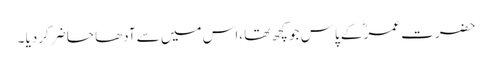
حضرت عمرؓ کے پاس جو کچھ تھا ،اس میں سے آدھا حاضر کردیا ۔